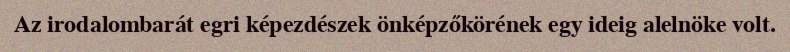
Az irodalombarát egri képezdészek önképzőkörének egy ideig alelnöke volt.